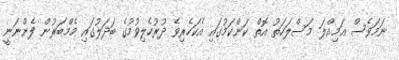
ނަމަވެސް އަމިއްލަ މަސްލަހަތު އޮތް ކަންކަމުގައި އެކަހެރިވެ ދުރުހެލިވުމުގެ ބަދަލުގައި މެމްބަރުން ފެންނަނީ